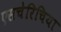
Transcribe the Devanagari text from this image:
एसचेरिचिया